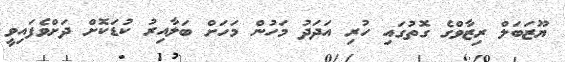
ޔޫޒަބަލް ރިޒާވްގެ ގޮތުގައި ހުރި އަދަދު މަހުން މަހަށް ބަލާއިރު ކުޑަކޮށް ދަށްވެފައިވީ